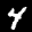
Label: 4